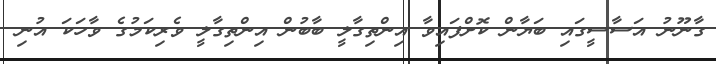
ގާނޫނު އަސާސީގައި ބަޔާން ކޮށްފައިވާ އިންތިގާލީ ބާބުން އިންތިގާލީ ވެރިކަމުގެ ވާހަކަ އުނި